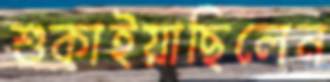
শুকাইয়াছিলেন